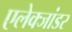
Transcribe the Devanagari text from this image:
एलेक्जांडर